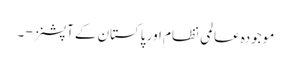
موجودہ عالمی نظام اور پاکستان کے آپشنز - ۔